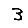
Digit: 3